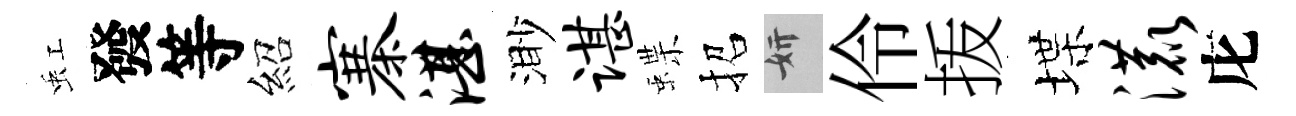
虹發等紹寨湛渺谌蝶招妍伶㧞堞漉庀